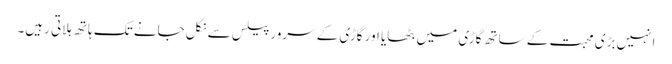
انہیں بڑی محبت کے ساتھ گاڑی میں بٹھایا اور گاڑی کے سرور پیلس سے نکل جانے تک ہاتھ ہلاتی رہیں۔